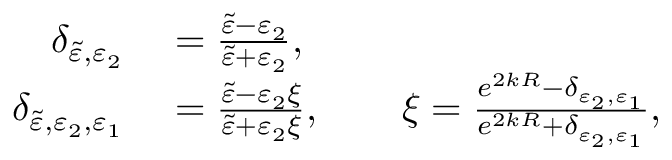
\begin{array} { r l } { \delta _ { \Tilde { \varepsilon } , \varepsilon _ { 2 } } } & { { } = \frac { \Tilde { \varepsilon } - \varepsilon _ { 2 } } { \Tilde { \varepsilon } + \varepsilon _ { 2 } } , } \\ { \delta _ { \Tilde { \varepsilon } , \varepsilon _ { 2 } , \varepsilon _ { 1 } } } & { { } = \frac { \Tilde { \varepsilon } - \varepsilon _ { 2 } \xi } { \Tilde { \varepsilon } + \varepsilon _ { 2 } \xi } , \qquad \xi = \frac { e ^ { 2 k R } - \delta _ { \varepsilon _ { 2 } , \varepsilon _ { 1 } } } { e ^ { 2 k R } + \delta _ { \varepsilon _ { 2 } , \varepsilon _ { 1 } } } , } \end{array}